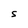
Character: S